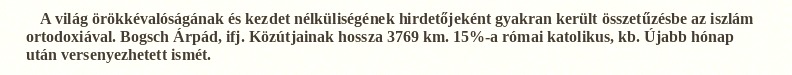
A világ örökkévalóságának és kezdet nélküliségének hirdetőjeként gyakran került összetűzésbe az iszlám ortodoxiával. Bogsch Árpád, ifj. Közútjainak hossza 3769 km. 15%-a római katolikus, kb. Újabb hónap után versenyezhetett ismét.